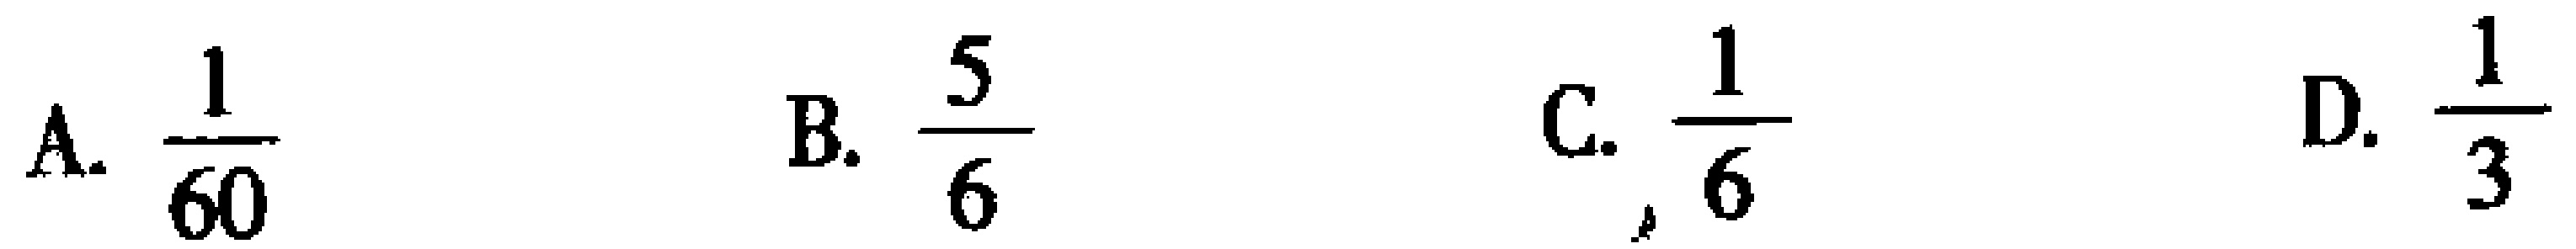
A. $\frac{1}{60}$  B. $\frac{5}{6}$  C. $\frac{1}{6}$  D. $\frac{1}{3}$